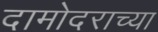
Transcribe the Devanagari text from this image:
दामोदराच्या